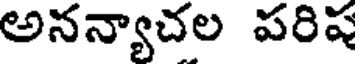
అనన్యాచల పరిష